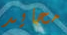
محايد